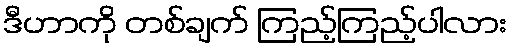
ဒီဟာကို တစ်ချက် ကြည့်ကြည့်ပါလား